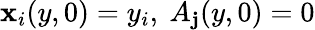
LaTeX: \mathbf{x}_{i}(y,0)=y_{i},\ A_{\mathbf{j}}(y,0)=0